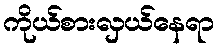
ကိုယ်စားလှယ်နေရာ